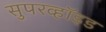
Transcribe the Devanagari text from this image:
सुपरव्हॉइड